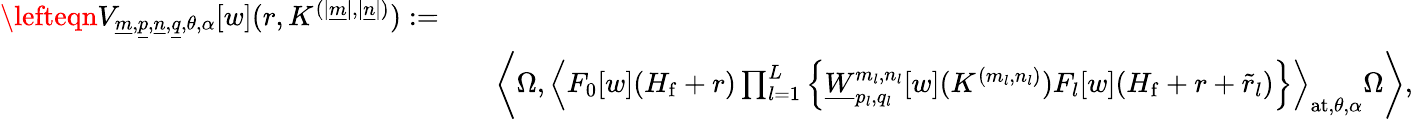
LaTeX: \begin{array}{rlr}{\lefteqn{V_{\underline{{m}},\underline{{p}},\underline{{n}},\underline{{q}},\theta,\alpha}[w](r,K^{(|\underline{{m}}|,|\underline{{n}}|)}):=}}\\ &{}&{\left\langle\Omega,\left\langle F_{0}[w](H_{\mathrm{f}}+r)\prod_{l=1}^{L}\left\{ \underline{{W}}_{p_{l},q_{l}}^{m_{l},n_{l}}[w](K^{(m_{l},n_{l})})F_{l}[w](H_{\mathrm{f}}+r+\widetilde{r}_{l})\right\} \right\rangle_{\mathrm{at},\theta,\alpha}\Omega\right\rangle,}\end{array}